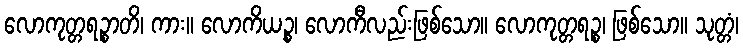
လောကုတ္တရဉ္စာတိ၊ ကား။ လောကိယဉ္စ၊ လောကီလည်းဖြစ်သော။ လောကုတ္တရဉ္စ၊ ဖြစ်သော။ သုတ္တံ၊